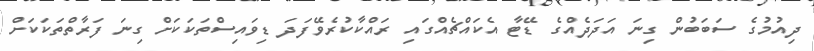
ދިއުމުގެ ސަބަބުން ގިނަ އަދަދެއްގެ ޑޭޓާ އެކައްޗެއްގައި ރައްކާކުރެވޭފަދަ ޑިވައިސްތަކަކަށް ގިނަ ފަރާތްތަކަކަށް